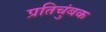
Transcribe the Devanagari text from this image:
प्रतिचुंबक